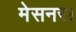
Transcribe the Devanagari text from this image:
मेसनर।